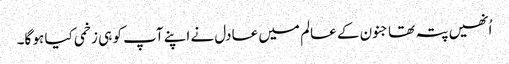
اُنھیں پتہ تھا جنون کے عالم میں عادل نے اپنے آپ کو ہی زخمی کیا ہو گا۔